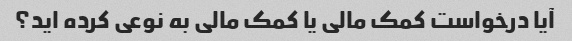
آیا درخواست کمک مالی یا کمک مالی به نوعی کرده اید؟